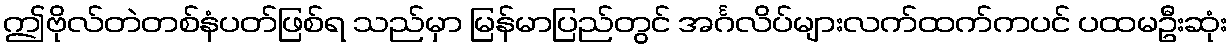
ဤဗိုလ်တဲတစ်နံပတ်ဖြစ်ရ သည်မှာ မြန်မာပြည်တွင် အင်္ဂလိပ်များလက်ထက်ကပင် ပထမဦးဆုံး